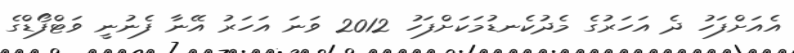
އެއަށްފަހު ދެ އަހަރުގެ މެދުކެނޑުމަކަށްފަހު 2012 ވަނަ އަހަރު އޭނާ ފެނުނީ ވަޓްފޯޑްގެ